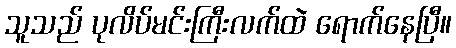
သူသည် ပုလိပ်မင်းကြီးလက်ထဲ ရောက်နေပြီ။